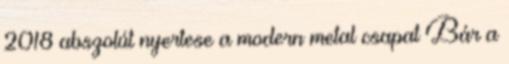
2018 abszolút nyertese a modern metal csapat Bár a